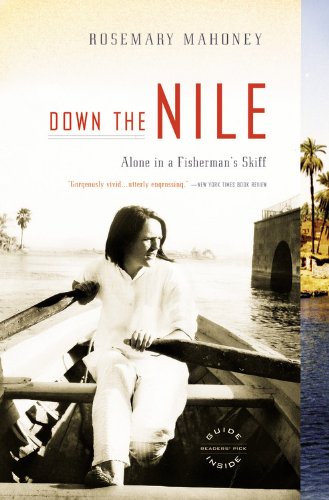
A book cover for Down the Nile: Alone in a Fisherman's Skiff; Rosemary Mahoney; Travel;